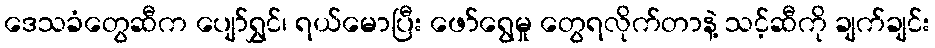
ဒေသခံတွေဆီက ပျော်ရွှင်၊ ရယ်မောပြီး ဖော်ရွေမှု တွေရလိုက်တာနဲ့ သင့်ဆီကို ချက်ချင်း